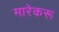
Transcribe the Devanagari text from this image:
मारेकरू